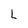
Character: L